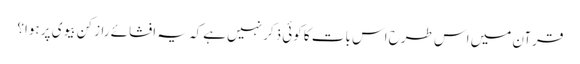
قرآن میں اس طرح اس بات کا کوئی ذکر نہیں ہےکہ یہ افشائے راز کن بیوی پر ہوا؟